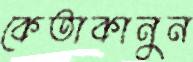
কেতাকানুন